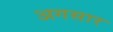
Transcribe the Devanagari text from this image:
अगसार